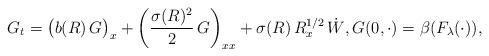
LaTeX: \begin{align*}G_t=\big(b(R)\,G\big)_x+\bigg(\frac{\sigma(R)^2}{2}\,G\bigg)_{xx}+\sigma(R)\,R_x^{1/2}\,\dot{W},G(0,\cdot)=\beta(F_\lambda(\cdot)),\end{align*}